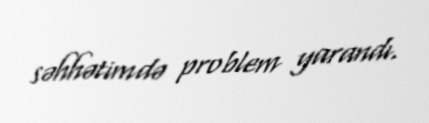
səhhətimdə problem yarandı.